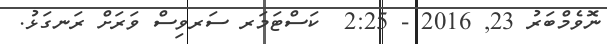
ނޮވެމްބަރު 23